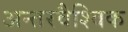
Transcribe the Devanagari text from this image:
अन्तरवैश्विक